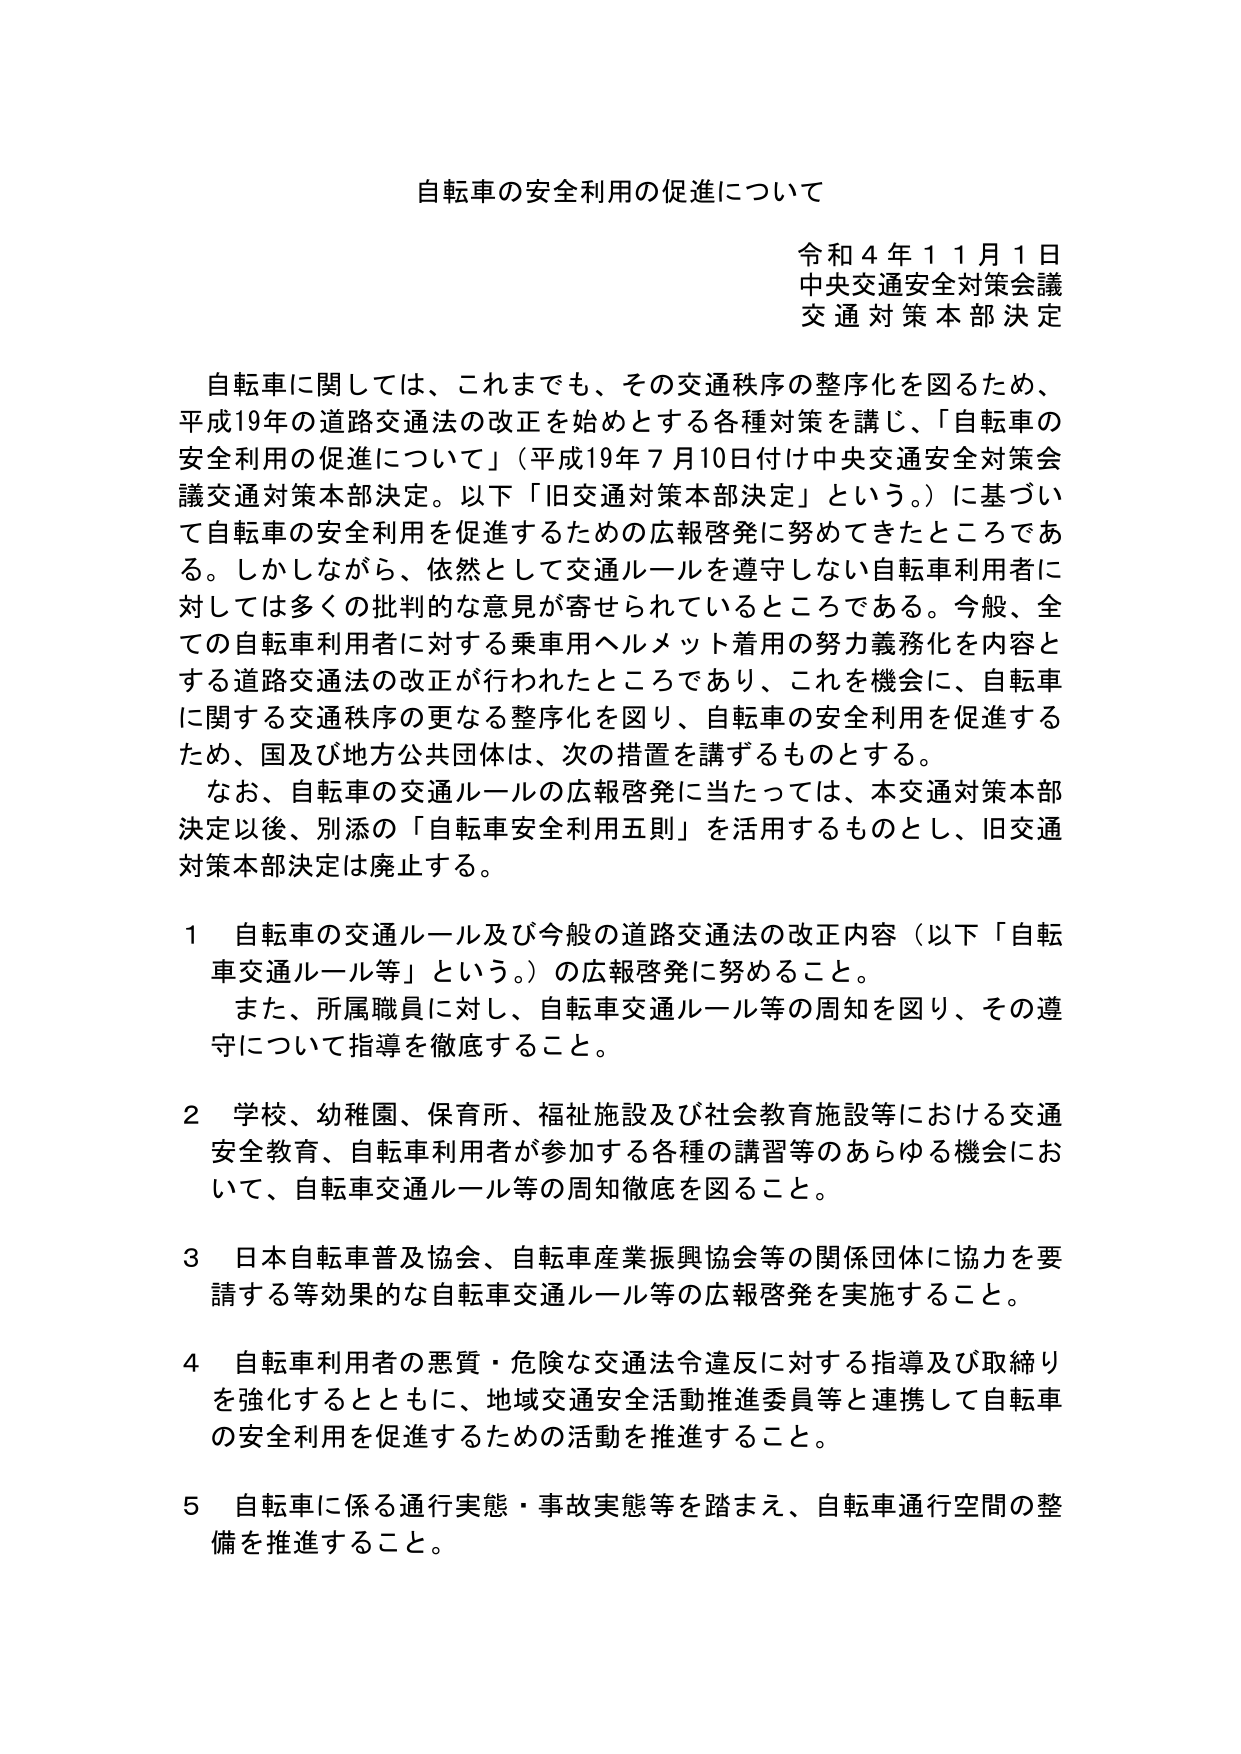
自転車の安全利用の促進について

令和４年１１月１日
中央交通安全対策会議
交通対策本部決定

自転車に関しては、これまでも、その交通秩序の整序化を図るため、
平成19年の道路交通法の改正を始めとする各種対策を講じ、「自転車の
安全利用の促進について」（平成19年７月10日付け中央交通安全対策会
議交通対策本部決定。以下「旧交通対策本部決定」という。）に基づい
て自転車の安全利用を促進するための広報啓発に努めてきたところであ
る。しかしながら、依然として交通ルールを遵守しない自転車利用者に
対しては多くの批判的な意見が寄せられているところである。今般、全
ての自転車利用者に対する乗車用ヘルメット着用の努力義務化を内容と
する道路交通法の改正が行われたところであり、これを機会に、自転車
に関する交通秩序の更なる整序化を図り、自転車の安全利用を促進する
ため、国及び地方公共団体は、次の措置を講ずるものとする。

なお、自転車の交通ルールの広報啓発に当たっては、本交通対策本部
決定以後、別添の「自転車安全利用五則」を活用するものとし、旧交通
対策本部決定は廃止する。

１ 自転車の交通ルール及び今般の道路交通法の改正内容（以下「自転
車交通ルール等」という。）の広報啓発に努めること。
　また、所属職員に対し、自転車交通ルール等の周知を図り、その遵
　守について指導を徹底すること。

２ 学校、幼稚園、保育所、福祉施設及び社会教育施設等における交通
　安全教育、自転車利用者が参加する各種の講習等のあらゆる機会にお
　いて、自転車交通ルール等の周知徹底を図ること。

３ 日本自転車普及協会、自転車産業振興協会等の関係団体に協力を要
　請する等効果的な自転車交通ルール等の広報啓発を実施すること。

４ 自転車利用者の悪質・危険な交通法令違反に対する指導及び取締り
　を強化するとともに、地域交通安全活動推進委員等と連携して自転車
　の安全利用を促進するための活動を推進すること。

５ 自転車に係る通行実態・事故実態等を踏まえ、自転車通行空間の整
　備を推進すること。